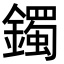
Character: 鐲